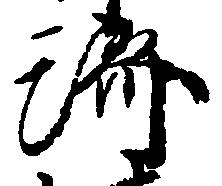
済